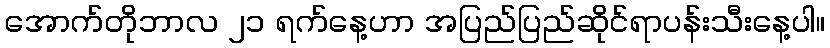
အောက်တိုဘာလ ၂၁ ရက်နေ့ဟာ အပြည်ပြည်ဆိုင်ရာပန်းသီးနေ့ပါ။